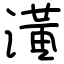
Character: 潢